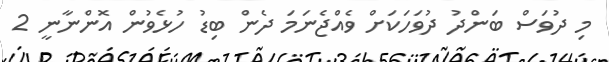
މި ދުވަސް ބަންދު ދުވަހަކަށް ވެއްޖެނަމަ ދެން ބިޑު ހުޅެވުން އޮންނާނީ 2